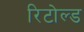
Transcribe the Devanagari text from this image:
रिटोल्ड